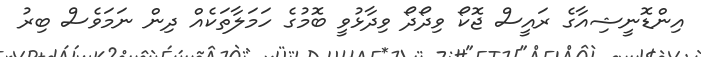
އިންޑޮނީޝިއާގެ ރައީސް ޖޮކޯ ވިދޯދޯ ވިދާޅުވީ ބޮމުގެ ހަމަލާތަކެއް ދިން ނަމަވެސް ބިރު